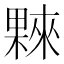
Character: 𣛤